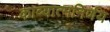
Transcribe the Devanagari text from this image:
काव्यात्मनिर्णय